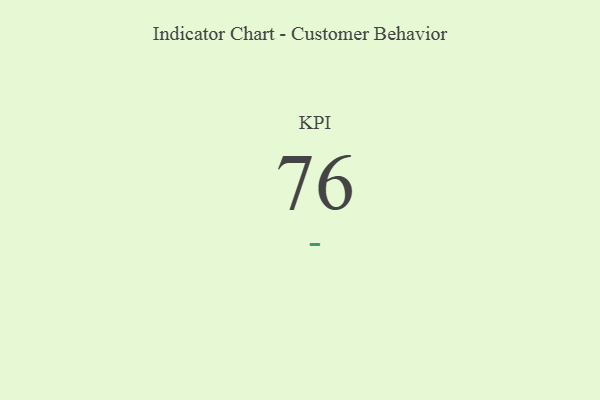
{"axis": {"x": "KPI", "y": "Value"}, "legend": [""], "data": [{"x": "KPI", "y": 76, "type": ""}]}